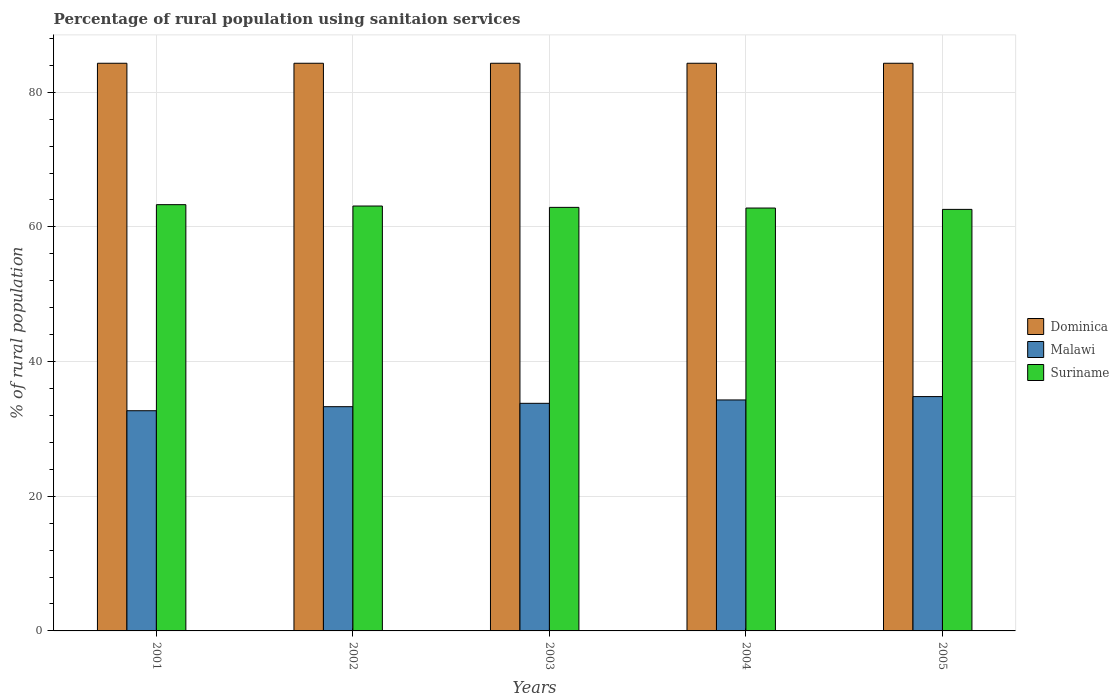
| Years | Dominica | Malawi | Suriname |
 | --- | --- | --- | --- |
 | 2001 | 84.3 | 32.7 | 63.3 |
 | 2002 | 84.3 | 33.3 | 63.1 |
 | 2003 | 84.3 | 33.8 | 62.9 |
 | 2004 | 84.3 | 34.3 | 62.8 |
 | 2005 | 84.3 | 34.8 | 62.6 |